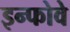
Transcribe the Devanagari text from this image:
इन्फोवे